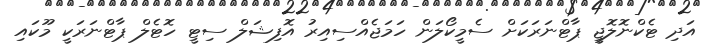
އަދި ޓެކްނޮލޮޖީ ޕާޓްނަރަކަށް ސެމީކޯލަން ހަމަޖެއްސިއިރު އޮފިޝަލް ސިޓީ ހޮޓެލް ޕާޓްނަރަކީ މޫކައި